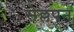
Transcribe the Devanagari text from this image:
सेल्लपन